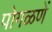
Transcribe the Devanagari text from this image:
पोगळणें